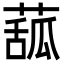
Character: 𦸈